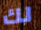
لك